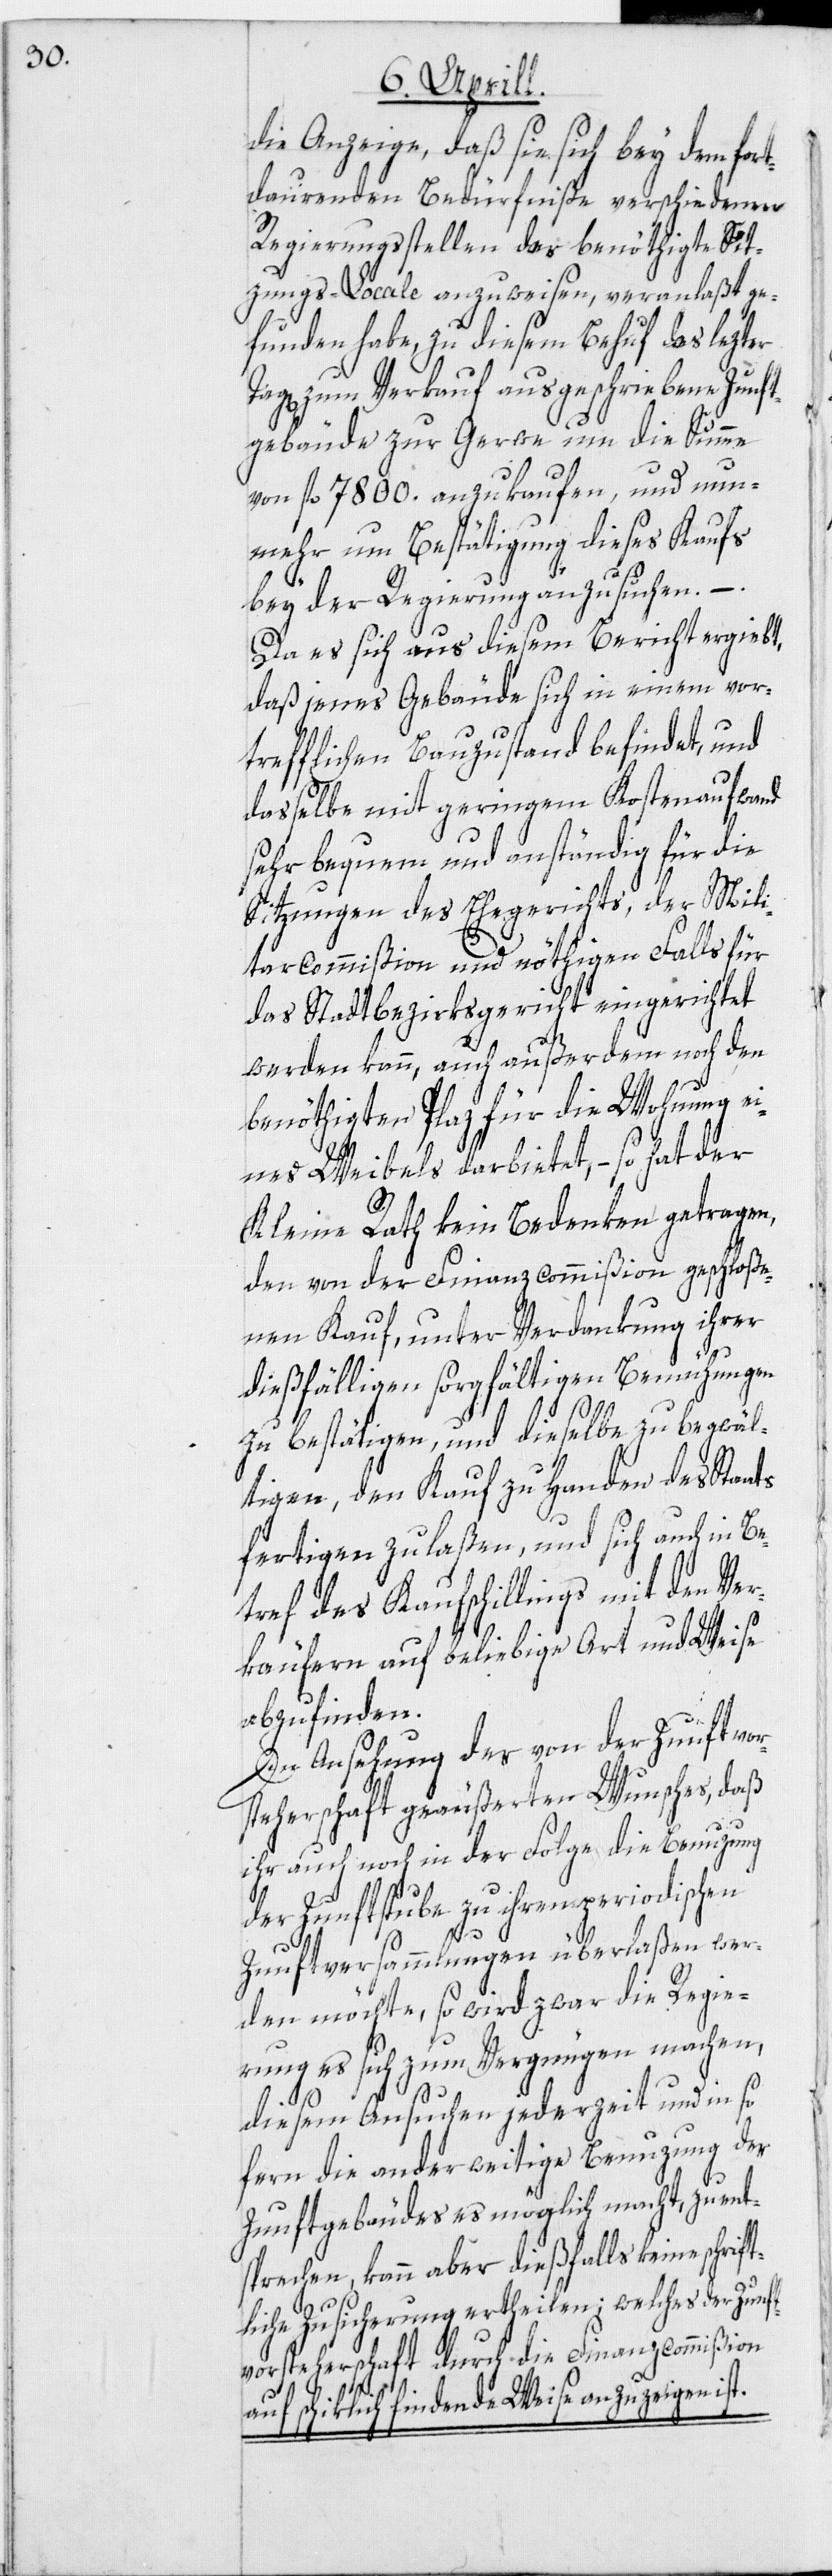
die Anzeige, daß sie sich bey dem fort¬
daurenden Bedürfniße verschiedener
Regierungsstellen das benöthigte Si¬
zungs-Locale anzuweisen, veranlaßt ge¬
funden habe, zu diesem Behuf das lezter
zum Verkauf ausgeschriebene Zunft¬
gebäude zur Gerwe um die Summe
von fl. 7800. anzukaufen, und nun¬
mehr um Bestätigung dieses Kaufs
ats
bey der Regierung anzusuchen. –
Da es sich aus diesem Bericht ergiebt,
daß jenes Gebäude sich in einem vor¬
trefflichen Bauzustand befindet, und
dasselbe mit geringem Kostenaufwand
sehr bequem und anständig für die
Sitzungen des Ehegerichts, der Mili¬
tarcommißion und nöthigen Falls für
das Stadtbezirksgericht eingerichtet
werden kann, auch außerdem noch den
benöthigten Plaz für die Wohnung e¬
ines Weibels darbietet, – so hat der
Kleine Rath kein Bedenken getragen,
den von der Finanzcommißion geschloße¬
nen Kauf, unter Verdankung ihrer
dießfälligen sorgfältigen Bemühungen
zu bestätigen, und dieselbe zu begwäl¬
tigen, den Kauf zu Handen des Sta¬
fertigen zu laßen, und sich auch in Be¬
tref des Kaufschillings mit den Ver¬
käufern auf beliebige Art und Weise
abzufinden.
In Ansehung des von der Zunftvor¬
steherschaft geäußerten Wunsches, daß
ihr auch noch in der Folge die Benuzung
der Zunftstube zu ihren periodischen
Zunftversammlungen überlaßen wer¬
den möchte, so wird zwar die Regie¬
rung es sich zum Vergnügen machen,
diesem Ansuchen jederzeit und in so
fern die anderweitige Benuzung des
Zunftgebäudes es möglich macht, zu ent¬
sprechen, kann aber dießfalls keine schrif¬
tliche Zusicherung ertheilen; welches der Zunf¬
tvorsteherschaft durch die Finanzcommißion
auf schiklich findende Weise anzuzeigen ist.